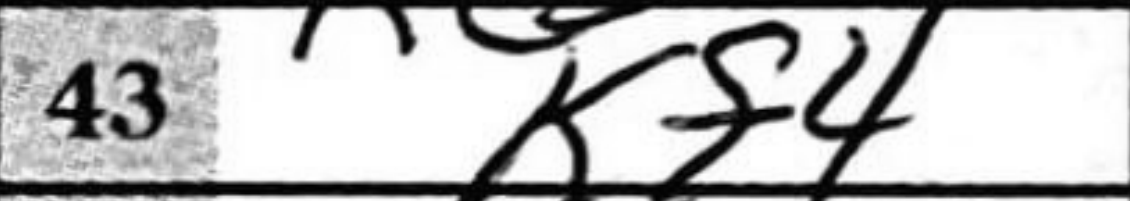
Transcription: Kf4